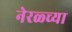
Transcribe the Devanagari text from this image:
नेरळ्च्या